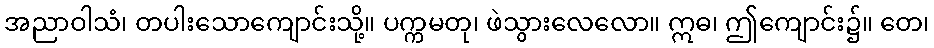
အညာဝါသံ၊ တပါးသောကျောင်းသို့။ ပက္ကမတု၊ ဖဲသွားလေလော။ ဣဓ၊ ဤကျောင်း၌။ တေ၊